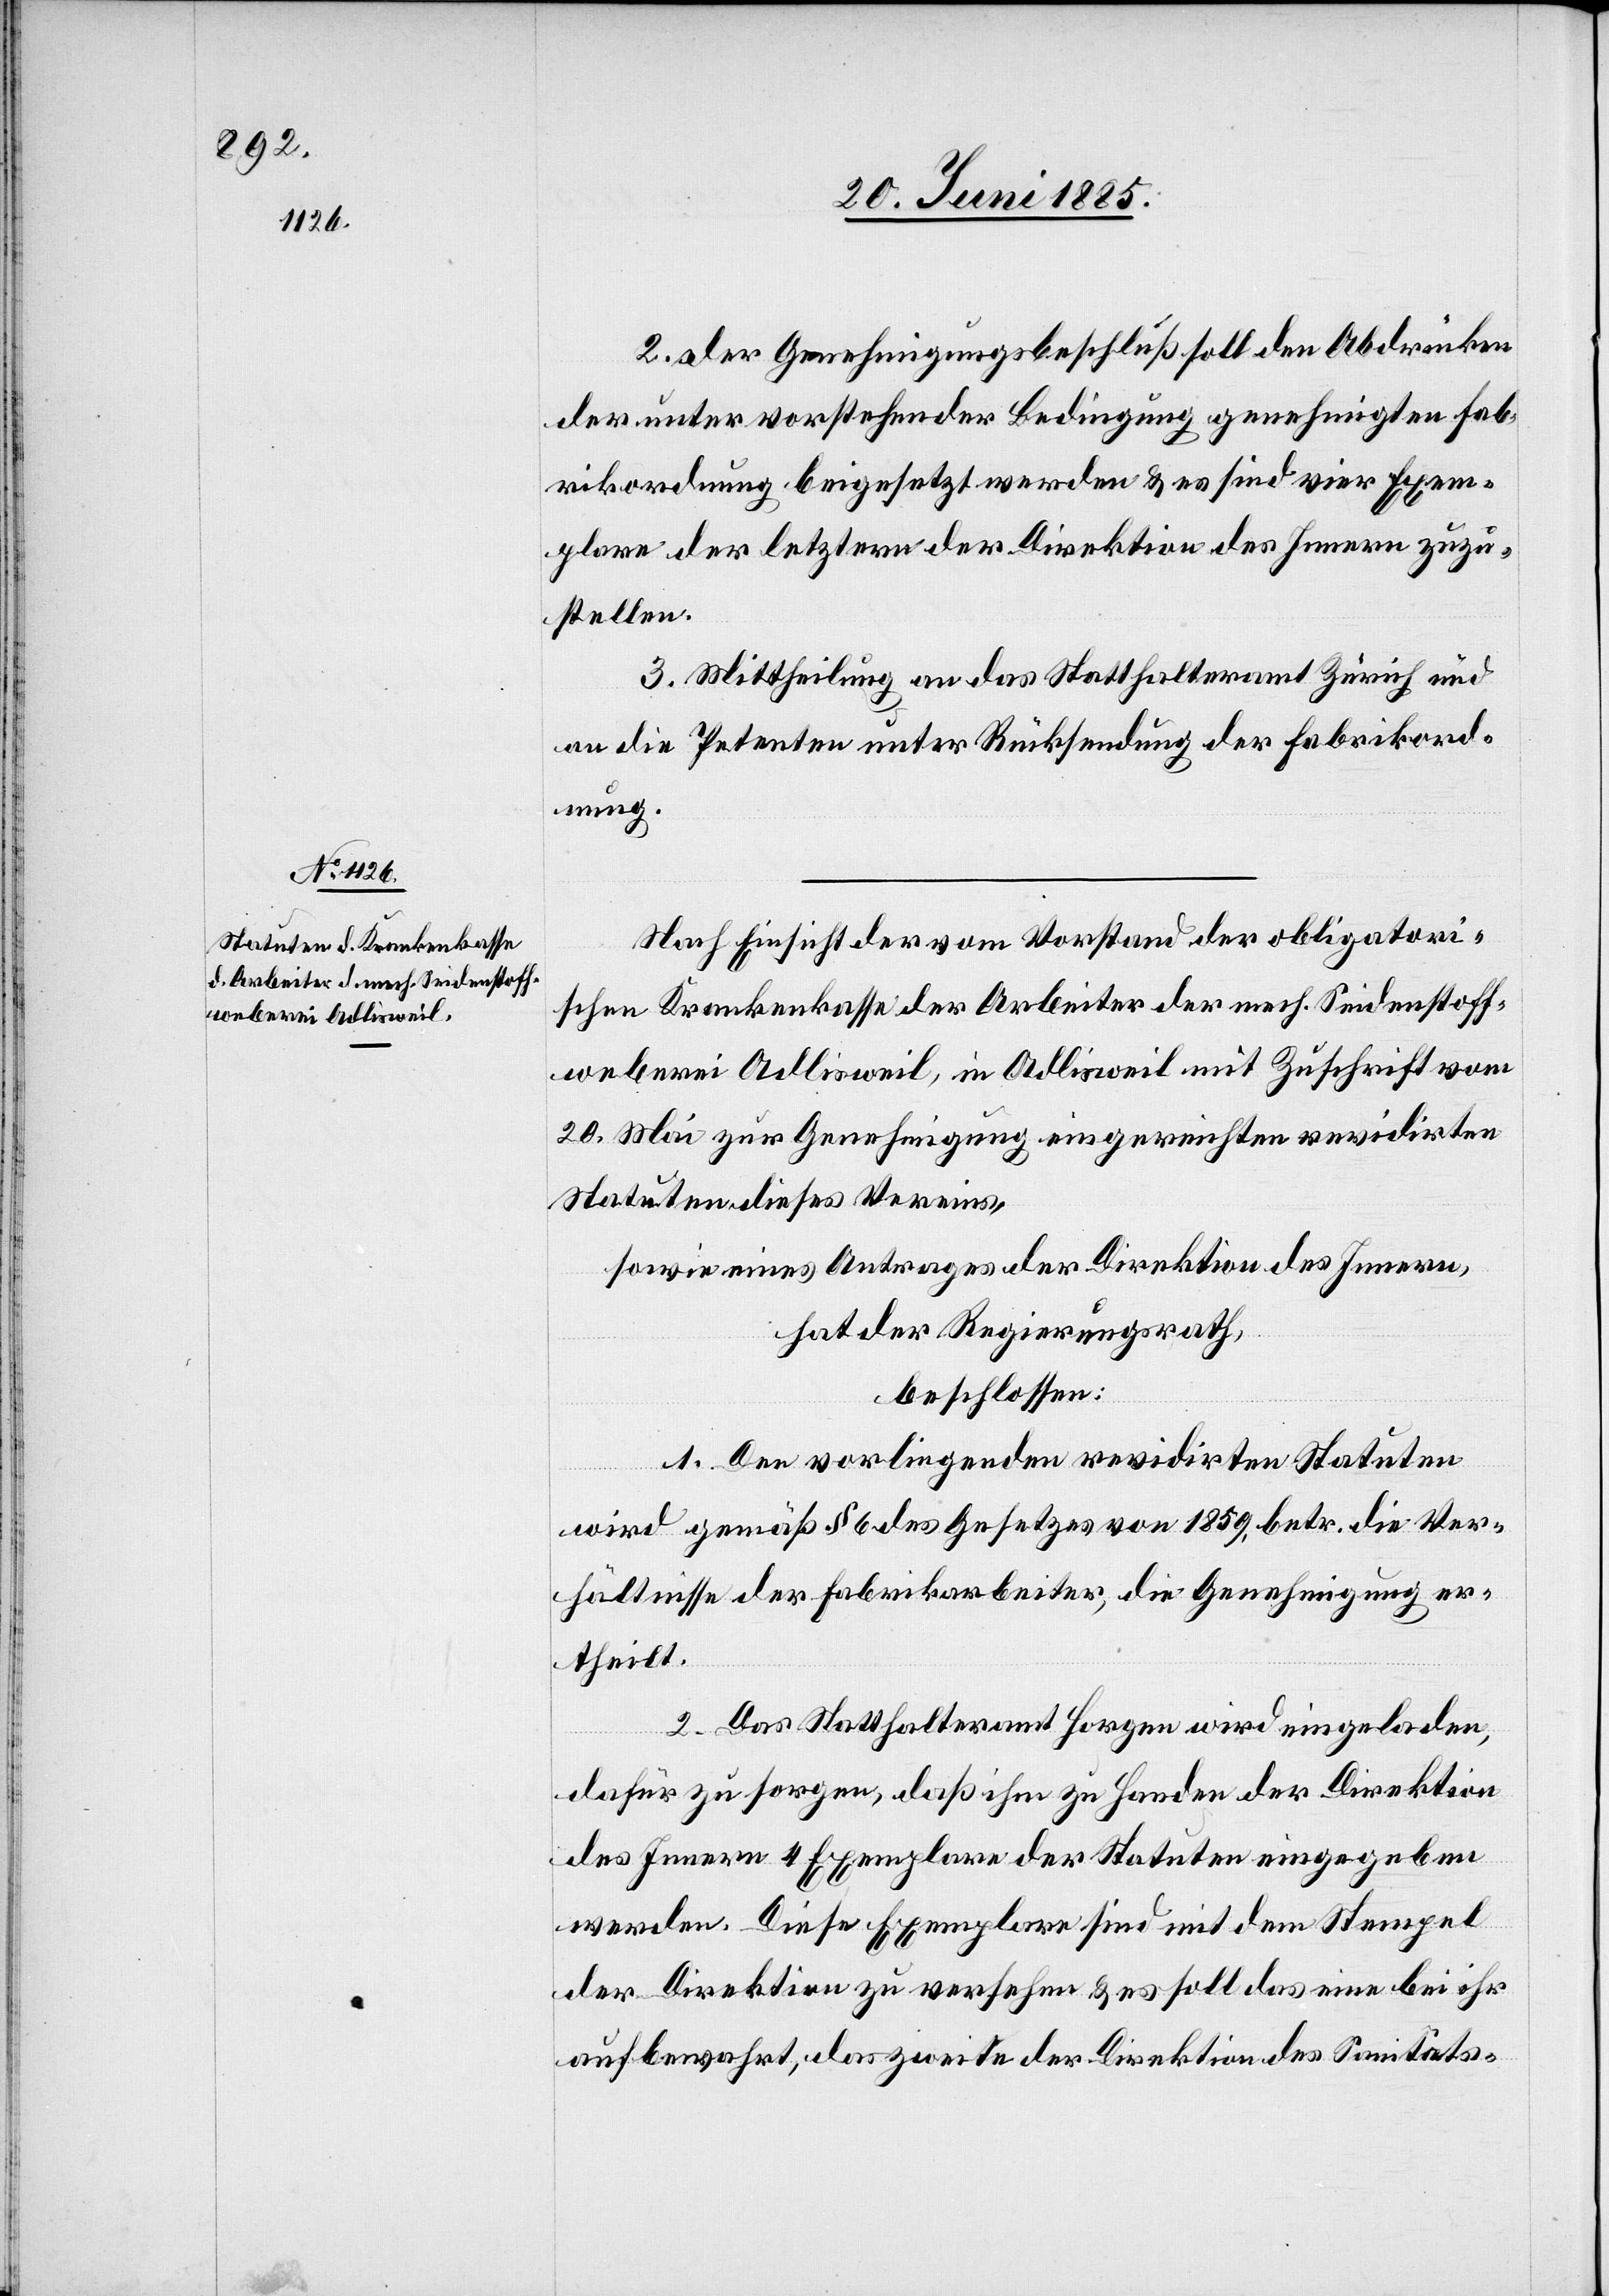
2. Der Genehmigungsbeschluß soll den Abdrücken
darunter vorstehender Bedingung genehmigten Fab¬
rikordnung beigesetzt werden & es sind vier Exem¬
plare der letztern der Direktion des Innern zuzu¬
stellen.
3. Mittheilung an das Statthalteramt Zürich und
an die Petenten unter Rücksendung der Fabrikord¬
nung.
Nach Einsicht der vom Vorstand der obligatori¬
schen Krankenkasse der Arbeiter der mech. Seidenstoff¬
weberei Adlisweil, in Adlisweil mit Zuschrift vom
20. Mai zur Genehmigung eingereichten revidirten
Statuten dieses Vereins,
sowie eines Antrages der Direktion des Innern,
hat der Regierungsrath,
beschlossen:
1. Den vorliegenden revidirten Statuten
wird gemäß § 6 des Gesetzes von 1859, betr. die Ver¬
hältnisse der Fabrikarbeiter, die Genehmigung er¬
theilt.
2. Das Statthalteramt Horgen wird eingeladen,
dafür zu sorgen, daß ihm zu Handen der Direktion
des Innern 4 Exemplare der Statuten eingegeben
werden. Diese Exemplare sind mit dem Stempel
der Direktion zu versehen & es soll das eine bei ihr
aufbewahrt, das zweite der Direktion des Sanitäts-